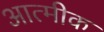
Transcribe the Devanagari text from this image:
आत्मीक